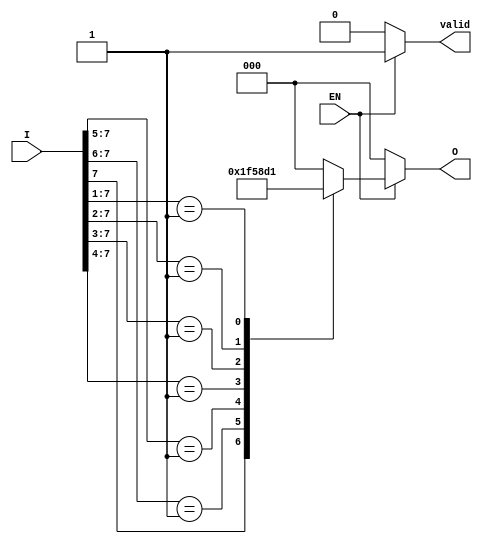
module priority_encoder (
    input wire [7:0] I,   // 8 input lines
    input wire EN,        // Enable signal
    output reg [2:0] O,   // 3 output lines
    output reg valid      // Indicates if an input is valid (active)
);

always @(*) begin
    if (!EN) begin
        O = 3'b000;      // If EN is low, output is zero
        valid = 1'b0;    // Invalid output
    end else begin
        valid = 1'b1;    // Valid output when EN is high
        casez (I)       // Case statement with "don't care" condition
            8'b1???????: O = 3'b111; // I7 is active
            8'b01??????: O = 3'b110; // I6 is active
            8'b001?????: O = 3'b101; // I5 is active
            8'b0001????: O = 3'b100; // I4 is active
            8'b00001???: O = 3'b011; // I3 is active
            8'b000001??: O = 3'b010; // I2 is active
            8'b0000001?: O = 3'b001; // I1 is active
            8'b00000001: O = 3'b000; // I0 is active
            default:     O = 3'b000;  // Should not occur
        endcase
    end
end

endmodule